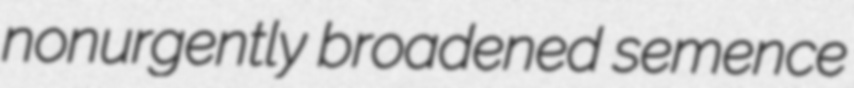
nonurgently broadened semence